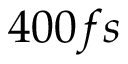
4 0 0 f s